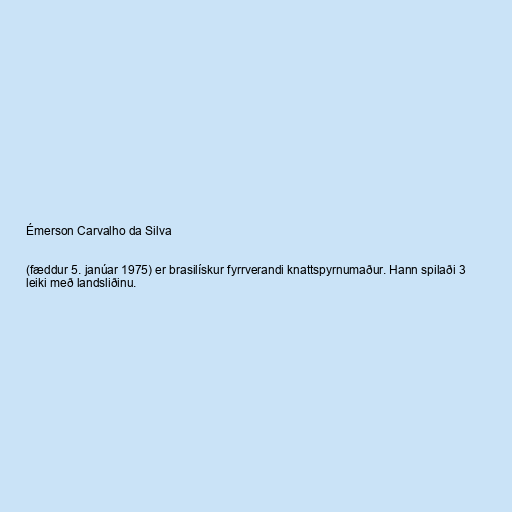
Émerson Carvalho da Silva

(fæddur 5. janúar 1975) er brasilískur fyrrverandi knattspyrnumaður. Hann spilaði 3
leiki með landsliðinu.